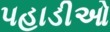
પહાડીઓ